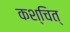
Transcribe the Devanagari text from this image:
कश्चित्‌